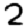
Digit: 2